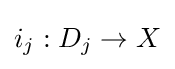
i_{j}:D_{j}\to X